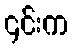
၄င်းက